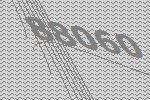
88060